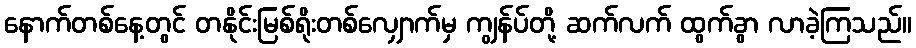
နောက်တစ်နေ့တွင် တနိုင်းမြစ်ရိုးတစ်လျှောက်မှ ကျွန်ပ်တို့ ဆက်လက် ထွက်ခွာ လာခဲ့ကြသည်။